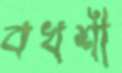
বখশী